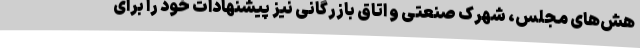
هش‌های مجلس، شهرک صنعتی و اتاق بازرگانی نیز پیشنهادات خود را برای